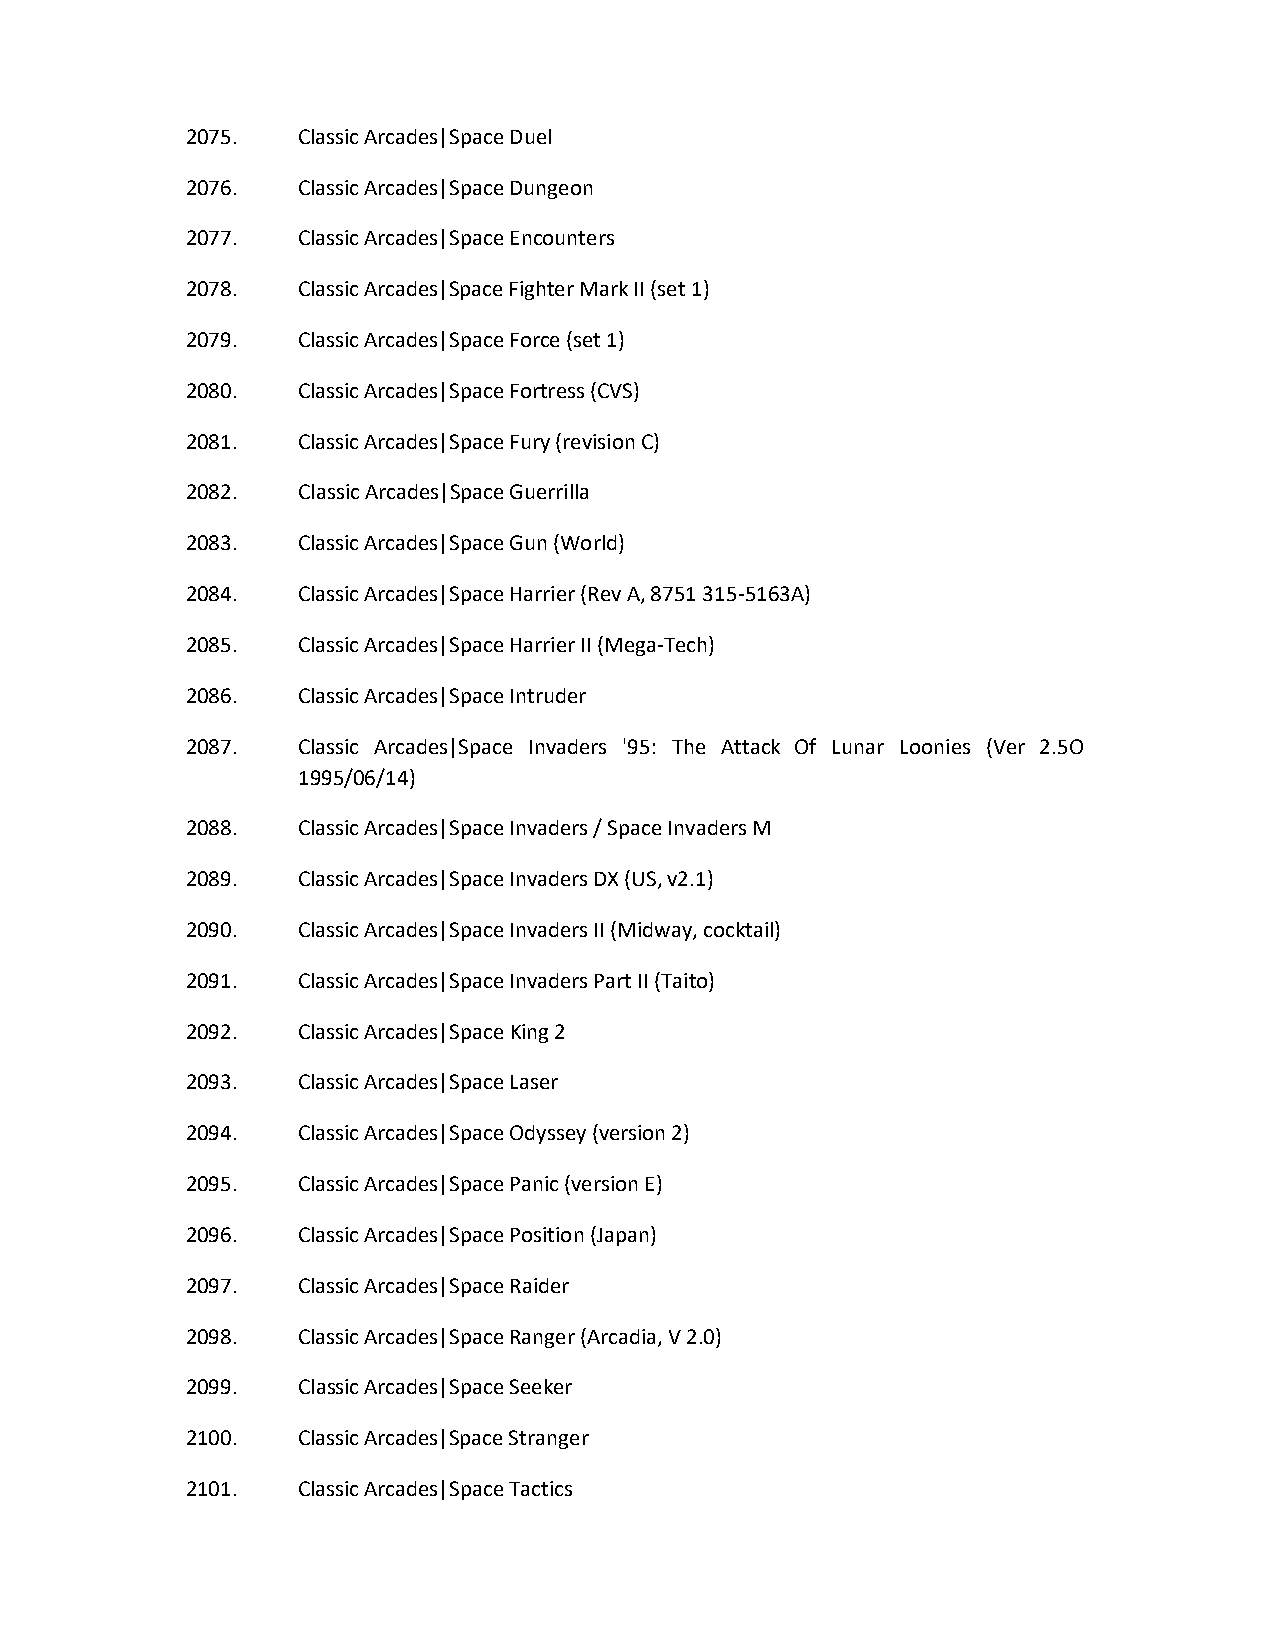
2075.   Classic Arcades|Space Duel
 2076.   Classic Arcades|Space Dungeon
 2077.   Classic Arcades|Space Encounters
 2078.   Classic Arcades|Space Fighter Mark II (set 1)
 2079.   Classic Arcades|Space Force (set 1)
 2080.   Classic Arcades|Space Fortress (CVS)
 2081.   Classic Arcades|Space Fury (revision C)
 2082.   Classic Arcades|Space Guerrilla
 2083.   Classic Arcades|Space Gun (World)
 2084.   Classic Arcades|Space Harrier (Rev A, 8751 315-5163A)
 2085.   Classic Arcades|Space Harrier II (Mega-Tech)
 2086.   Classic Arcades|Space Intruder
 2087.   Classic Arcades|Space Invaders '95: The Attack Of Lunar Loonies (Ver 2.5O
 1995/06/14)
 2088.   Classic Arcades|Space Invaders / Space Invaders M
 2089.   Classic Arcades|Space Invaders DX (US, v2.1)
 2090.   Classic Arcades|Space Invaders II (Midway, cocktail)
 2091.   Classic Arcades|Space Invaders Part II (Taito)
 2092.   Classic Arcades|Space King 2
 2093.   Classic Arcades|Space Laser
 2094.   Classic Arcades|Space Odyssey (version 2)
 2095.   Classic Arcades|Space Panic (version E)
 2096.   Classic Arcades|Space Position (Japan)
 2097.   Classic Arcades|Space Raider
 2098.   Classic Arcades|Space Ranger (Arcadia, V 2.0)
 2099.   Classic Arcades|Space Seeker
 2100.   Classic Arcades|Space Stranger
 2101.   Classic Arcades|Space Tactics